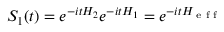
\begin{array} { r } { S _ { 1 } ( t ) = e ^ { - i t H _ { 2 } } e ^ { - i t H _ { 1 } } = e ^ { - i t H _ { \textrm { e f f } } } } \end{array}